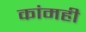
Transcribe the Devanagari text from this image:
कांमही